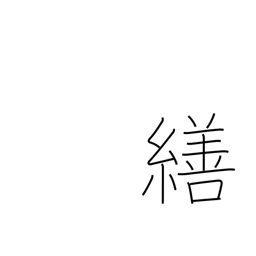
Meaning: adjust